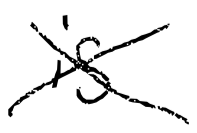
Text: is
Cross-out: cross
Writing tool: digital_black